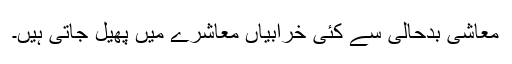
معاشی بدحالی سے کئی خرابیاں معاشرے میں پھیل جاتی ہیں۔